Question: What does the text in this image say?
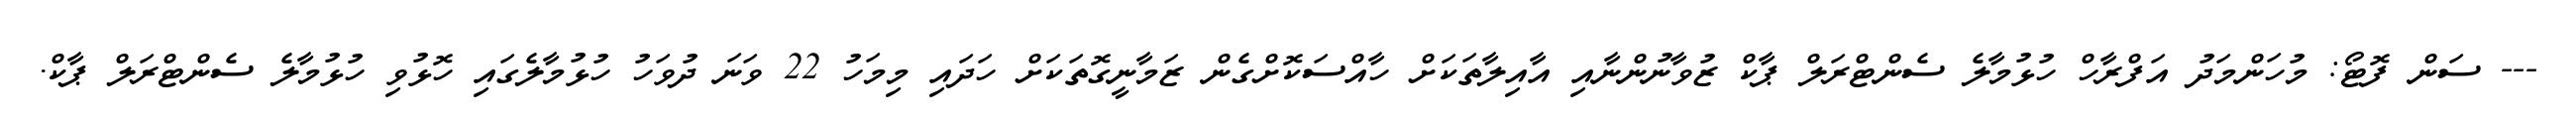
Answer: --- ސަން ފޮޓޯ: މުހަންމަދު އަފްރާހް ހުޅުމާލެ ސެންޓްރަލް ޕާކް ޒުވާނުންނާއި އާއިލާތަކަށް ހާއްސަކޮށްގެން ޒަމާނީގޮތަކަށް ހަދައި މިމަހު 22 ވަނަ ދުވަހު ހުޅުމާލެގައި ހޮޅުވި ހުޅުމާލެ ސެންޓްރަލް ޕާކް.